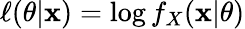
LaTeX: \ell(\theta|\mathbf x)=\log f_{X}(\mathbf x|\theta)